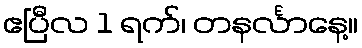
ဧပြီလ 1 ရက်၊ တနင်္လာနေ့။